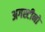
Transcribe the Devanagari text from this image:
अगस्टीनो